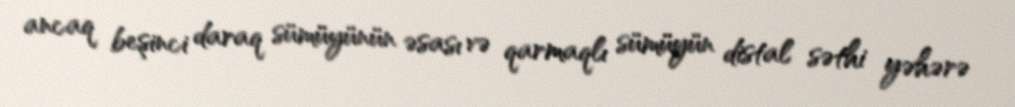
ancaq beşinci daraq sümüyünün əsası və qarmaqlı sümüyün distal səthi yəhərə